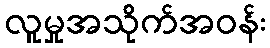
လူမှုအသိုက်အဝန်း